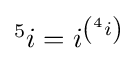
{\textstyle {}^{5}i=i^{\left({}^{4}i\right)}}